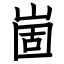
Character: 崮